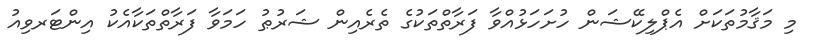
މި މަޤާމުތަކަށް އެޕްލިކޭޝަން ހުށަހަޅުއްވާ ފަރާތްތަކުގެ ތެރެއިން ޝަރުޠު ހަމަވާ ފަރާތްތަކާއެކު އިންޓަރވިއު